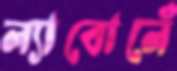
ল্যাবোলেঁ